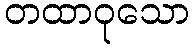
တထာဝုသော